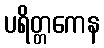
ပရိတ္တကေန